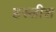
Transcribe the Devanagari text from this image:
हस्लीश